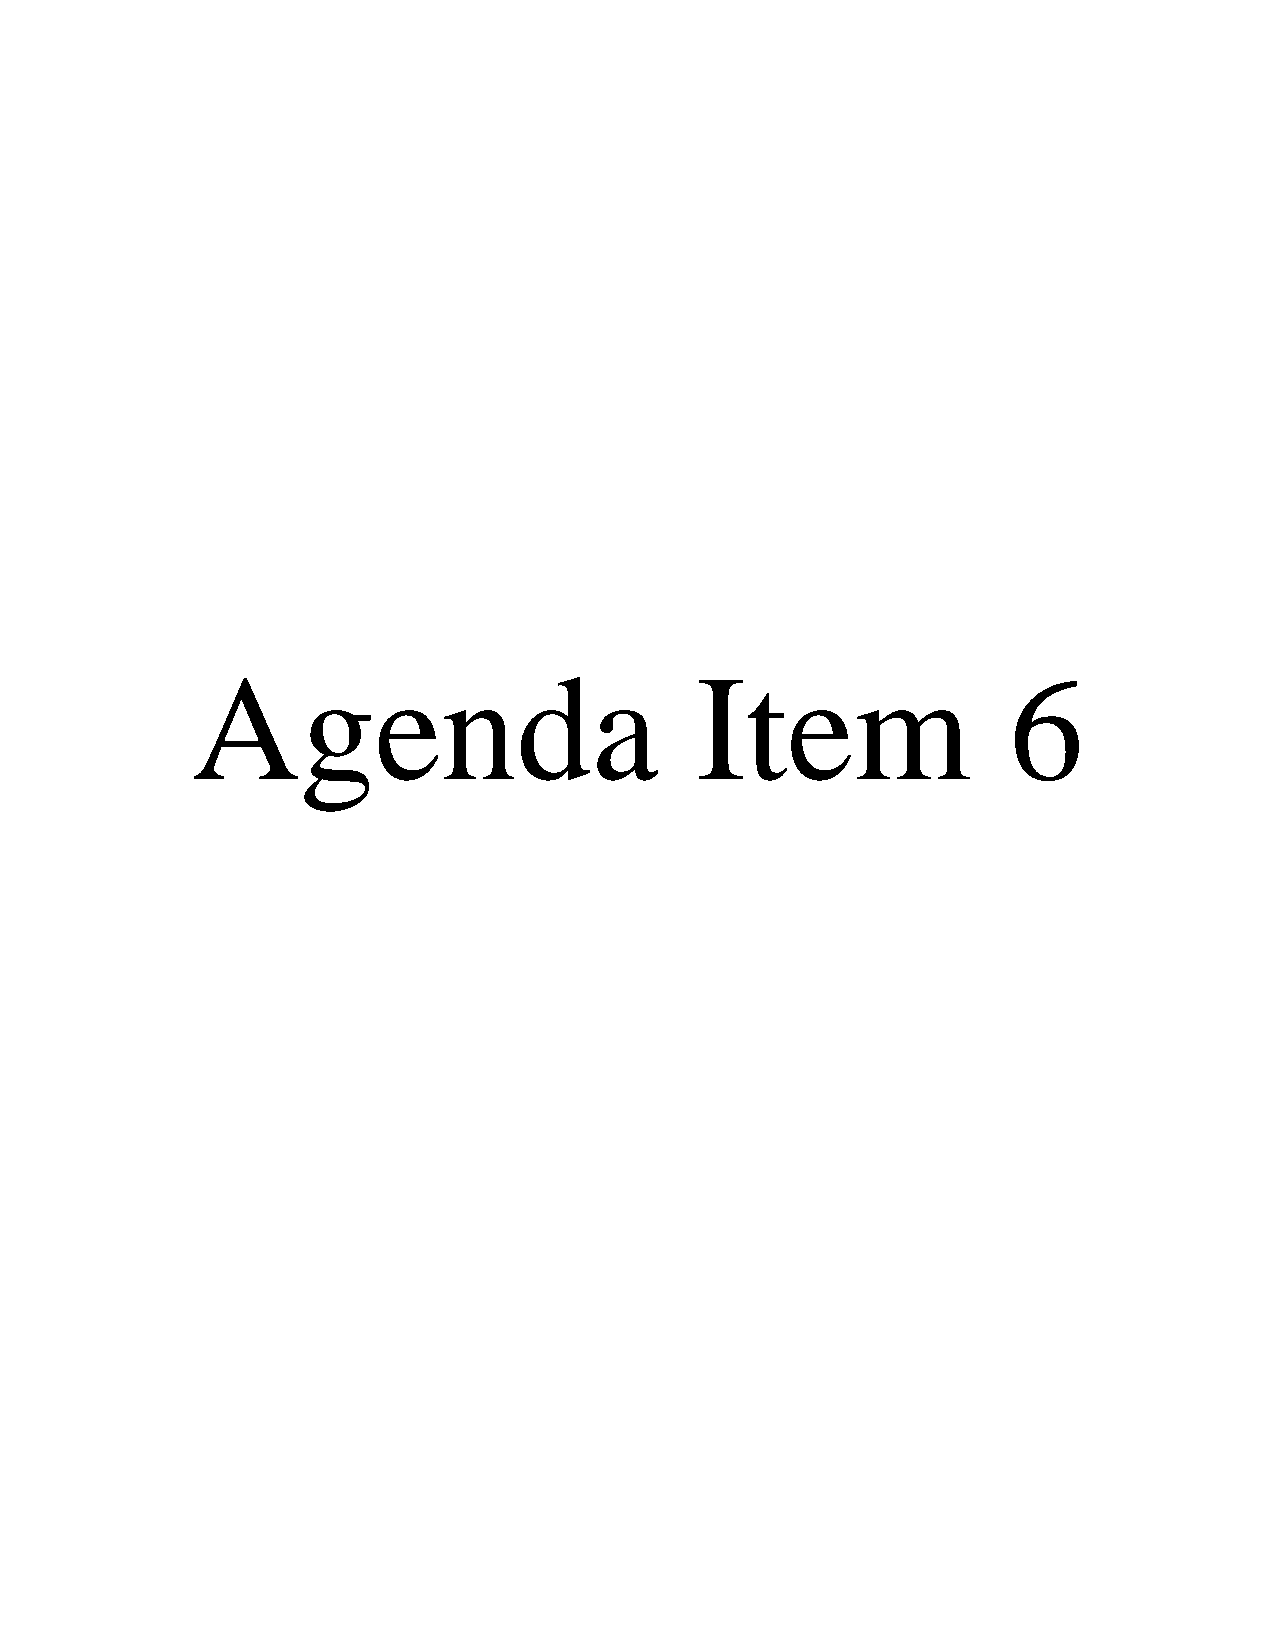
Agenda                           Item                 6